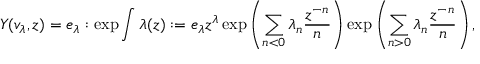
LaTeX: Y ( v _ { \lambda } , z ) = e _ { \lambda } : \exp \int \lambda ( z ) : = e _ { \lambda } z ^ { \lambda } \exp \left( \sum _ { n < 0 } \lambda _ { n } { \frac { z ^ { - n } } { n } } \right) \exp \left( \sum _ { n > 0 } \lambda _ { n } { \frac { z ^ { - n } } { n } } \right) ,